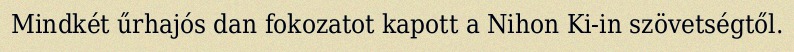
Mindkét űrhajós dan fokozatot kapott a Nihon Ki-in szövetségtől.